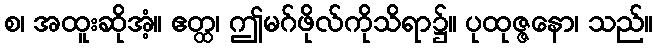
စ၊ အထူးဆိုအံ့။ ဧတ္ထ၊ ဤမဂ်ဖိုလ်ကိုသိရာ၌။ ပုထုဇ္ဇနော၊ သည်။